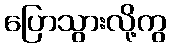
ပြောသွားလို့ကွ